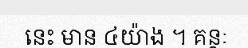
នេះ មាន ៤យ៉ាង ។ គន្ថៈ